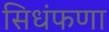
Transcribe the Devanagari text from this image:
सिधंफणा